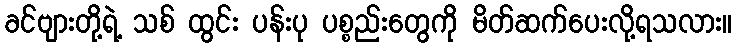
ခင်ဗျားတို့ရဲ့ သစ် ထွင်း ပန်းပု ပစ္စည်းတွေကို မိတ်ဆက်ပေးလို့ရသလား။